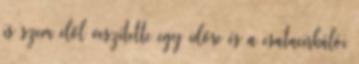
is szem elől veszítette egy időre és a csatacirkálói